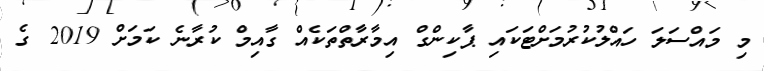
މި މައްސަލަ ހައްލުކުރުމަށްޓަކައި ޕާކިންގް އިމާރާތްތަކެއް ގާއިމް ކުރާނެ ކަމަށް 2019 ގެ